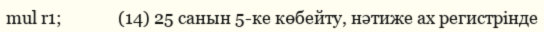
mul r1;              (14) 25 санын 5-ке көбейту, нәтиже ах регистрінде